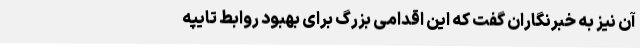
آن نیز به خبرنگاران گفت که این اقدامی بزرگ برای بهبود روابط تایپه